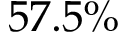
5 7 . 5 \%